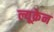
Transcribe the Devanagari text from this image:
ल्यूक्रेन